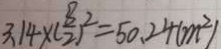
3 . 1 4 \times ( \frac { 8 } { 2 } ) ^ { 2 } = 5 0 . 2 4 ( m ^ { 2 } )